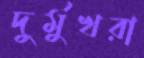
দুর্মুখরা